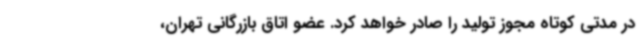
در مدتی کوتاه مجوز تولید را صادر خواهد کرد. عضو اتاق بازرگانی تهران،